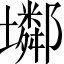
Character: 𡓏